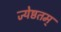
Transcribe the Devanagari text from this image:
ज्येष्ठतम्